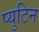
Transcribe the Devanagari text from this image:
प्युटिन